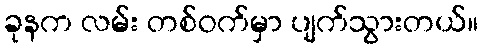
ခုနက လမ်း တစ်ဝက်မှာ ပျက်သွားတယ်။